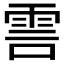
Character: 𮦊